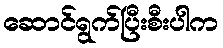
ဆောင်ရွက်ပြီးစီးပါက